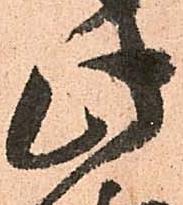
此